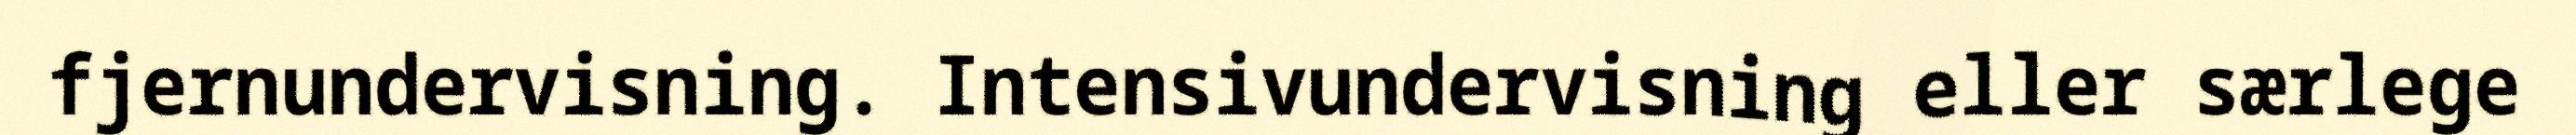
fjernundervisning. Intensivundervisning eller særlege